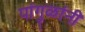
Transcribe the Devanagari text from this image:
पांगुळांनी